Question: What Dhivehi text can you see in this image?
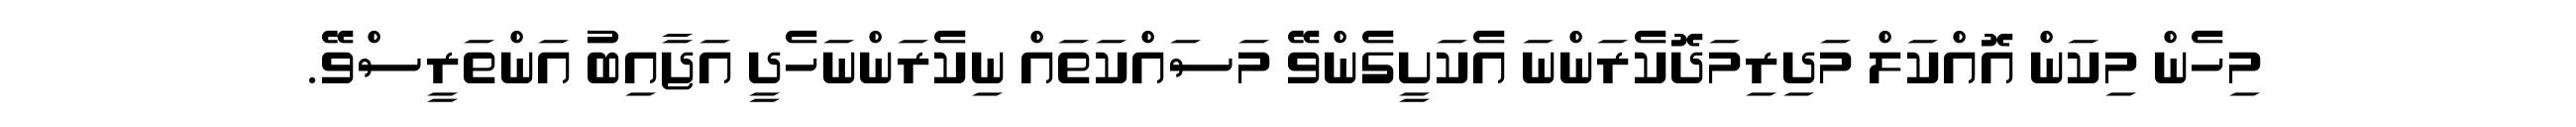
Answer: މިހެން މިކަން އޮއްކަލް މަދިރިމަދޮކެރަންނަ އެކަށީގެންވޭ މަސައްކަތައް ނިކެރަންނަހެދީ އަޖާއިބު އަންތަރީސްވޭ.